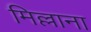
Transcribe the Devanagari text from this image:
मिल्लाना